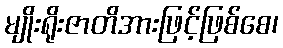
မျိုးရိုးဇာတိအားဖြင့်ဖြစ်စေ၊